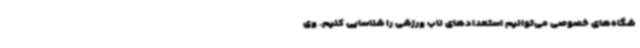
شگاه‌های خصوصی می‌توانیم استعدادهای ناب ورزشی را شناسایی کنیم. وی